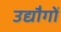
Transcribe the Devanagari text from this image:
उद्यौगों